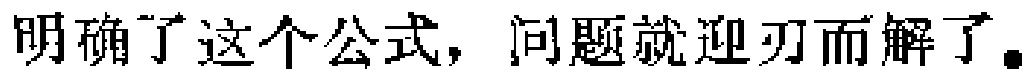
明确了这个公式，问题就迎刃而解了。